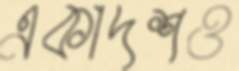
একাদশও